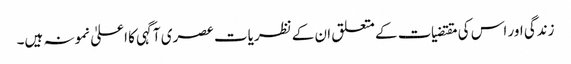
زندگی اور اس کی مقتضیات کے متعلق ان کے نظریات عصری آگہی کا اعلیٰ نمونہ ہیں۔